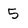
Character: 5